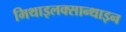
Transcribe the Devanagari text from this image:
मिथाइलक्सान्थाइन